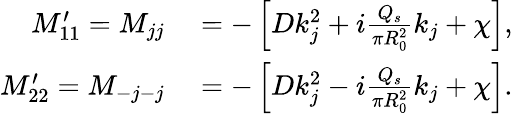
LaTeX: \begin{array}{rl}{M_{11}^{\prime}=M_{jj}}&{{}=-\left[Dk_{j}^{2}+i\frac{Q_{s}}{\pi R_{0}^{2}}k_{j}+\chi\right],}\\ {M_{22}^{\prime}=M_{-j-j}}&{{}=-\left[Dk_{j}^{2}-i\frac{Q_{s}}{\pi R_{0}^{2}}k_{j}+\chi\right].}\end{array}